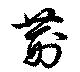
荊